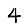
Digit: 4